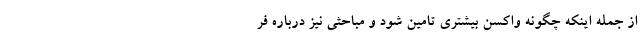
از جمله اینکه چگونه واکسن بیشتری تامین شود و مباحثی نیز درباره فر